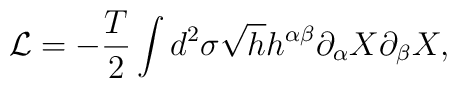
{\cal L} = - \frac {T}{2} \int d^2 \sigma \sqrt{h} h^{\alpha\beta} \partial_{\alpha} X \partial_{\beta} X,